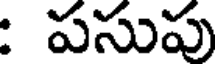
: పసుపు